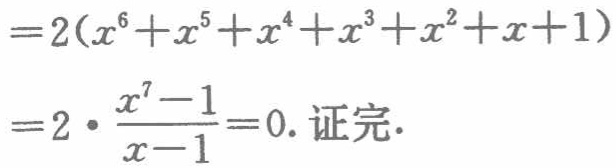
\[

\begin{align*}

&=2(x^{6}+x^{5}+x^{4}+x^{3}+x^{2}+x + 1)\\

&=2\cdot\frac{x^{7}-1}{x - 1}=0.\text{ 证完.}

\end{align*}

\]